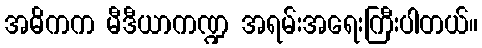
အဓိကက မီဒီယာကဏ္ဍ အရမ်းအရေးကြီးပါတယ်။